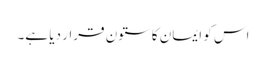
اس کو ایمان کا ستون قرار دیا ہے۔